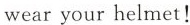
wear your helmet!